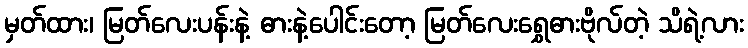
မှတ်ထား၊ မြတ်လေးပန်းနဲ့ ဓားနဲ့ပေါင်းတော့ မြတ်လေးရွှေဓားဗိုလ်တဲ့ သိရဲ့လား